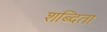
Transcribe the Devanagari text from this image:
शब्दिता